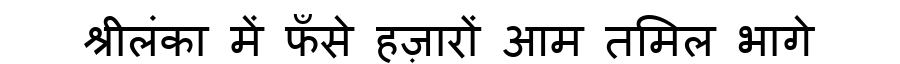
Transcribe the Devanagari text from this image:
श्रीलंका में फँसे हज़ारों आम तमिल भागे